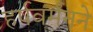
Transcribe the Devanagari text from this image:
हर्षवर्मनने